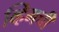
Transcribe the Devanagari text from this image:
व्हिमची